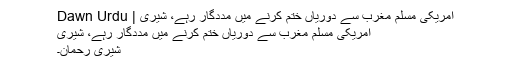
امریکی مسلم مغرب سے دوریاں ختم کرنے میں مددگار رہے، شیری | Dawn Urdu
امریکی مسلم مغرب سے دوریاں ختم کرنے میں مددگار رہے، شیری
شیری رحمان۔